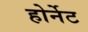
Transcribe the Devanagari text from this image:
होर्नेट